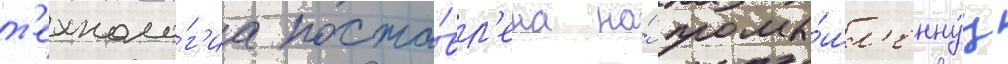
т'ехноло́г'иа поста́вл'ена на́ промы́шл'еннуу